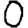
Digit: 0